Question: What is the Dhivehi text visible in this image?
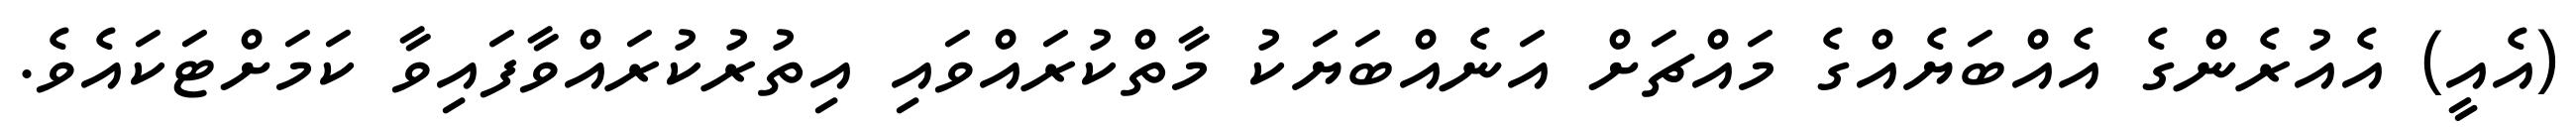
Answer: (އެއީ) އެއުރެންގެ އެއްބަޔެއްގެ މައްޗަށް އަނެއްބަޔަކު މާތްކުރައްވައި އިތުރުކުރައްވާފައިވާ ކަމަށްޓަކައެވެ.